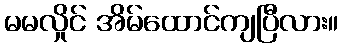
မမလှိုင် အိမ်ထောင်ကျပြီလား။